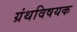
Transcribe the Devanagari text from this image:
ग्रंथविषयक